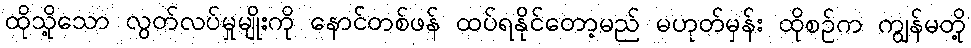
ထိုသို့သော လွတ်လပ်မှုမျိုးကို နောင်တစ်ဖန် ထပ်ရနိုင်တော့မည် မဟုတ်မှန်း ထိုစဉ်က ကျွန်မတို့